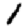
Digit: 1